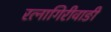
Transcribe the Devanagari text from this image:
रत्‍नागिरीवाङी